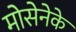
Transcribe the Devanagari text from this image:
मोसेनेके